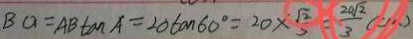
B O = A B \tan A = 2 0 \tan 6 0 ^ { \circ } = 2 0 \times \frac { \sqrt { 2 } } { 3 } = \frac { 2 0 \sqrt { 2 } } { 3 } ( c m )